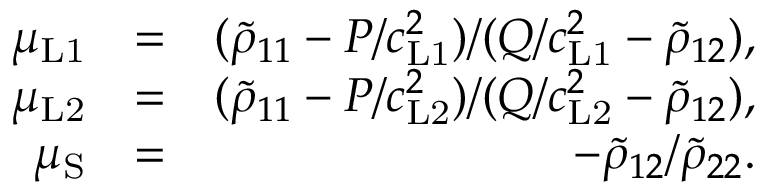
\begin{array} { r l r } { \mu _ { \mathrm { L 1 } } } & { = } & { ( \tilde { \rho } _ { 1 1 } - P / c _ { \mathrm { L 1 } } ^ { 2 } ) / ( Q / c _ { \mathrm { L 1 } } ^ { 2 } - \tilde { \rho } _ { 1 2 } ) , } \\ { \mu _ { \mathrm { L 2 } } } & { = } & { ( \tilde { \rho } _ { 1 1 } - P / c _ { \mathrm { L 2 } } ^ { 2 } ) / ( Q / c _ { \mathrm { L 2 } } ^ { 2 } - \tilde { \rho } _ { 1 2 } ) , } \\ { \mu _ { \mathrm { S } } } & { = } & { - \tilde { \rho } _ { 1 2 } / \tilde { \rho } _ { 2 2 } . } \end{array}